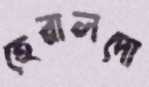
হেরালদো